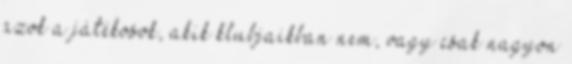
azok a játékosok, akik klubjaikban nem, vagy csak nagyon